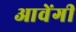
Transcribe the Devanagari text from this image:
आवेंगी